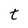
Character: t